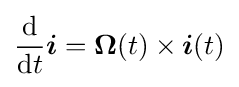
{\frac {\mathrm {d} }{\mathrm {d} t}}{\boldsymbol {i}}={\boldsymbol {\Omega }}(t)\times {\boldsymbol {i}}(t)